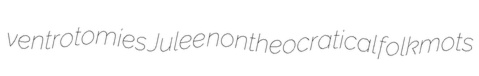
ventrotomies Julee nontheocratical folkmots